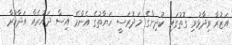
އަޒުރާ ވިދާޅުވި ގޮތުގައި ކުދިންގެ މަދުރަސީ ހަޔާތުގެ އެންމެ އިސް ދައުރެއް އަދާކުރާ